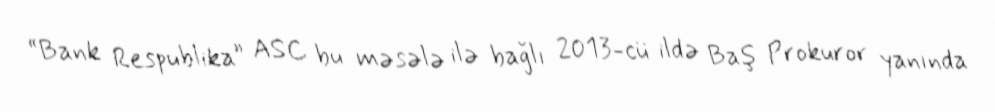
“Bank Respublika” ASC bu məsələ ilə bağlı 2013-cü ildə Baş Prokuror yanında